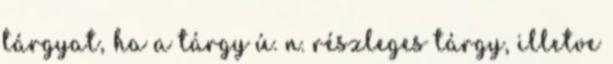
tárgyat, ha a tárgy ú. n. részleges tárgy, illetve